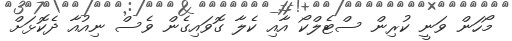
މޯހަން ވަނީ ކުރިން ސްޓެލްކޯ އާއި ކެލާ ގޮވައިގެން ވެސް ނިއުއާ ދެކޮޅަށް